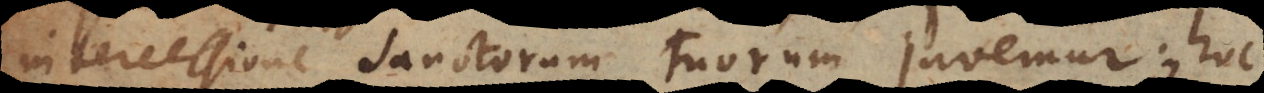
intercessione Sanctorum tuorum juvemur; hoc